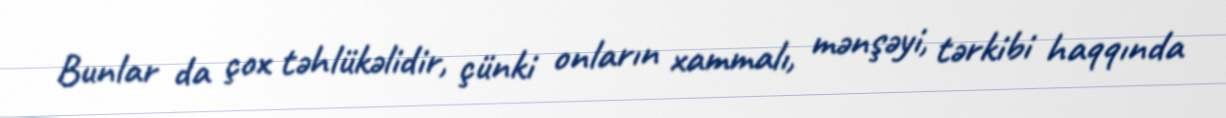
Bunlar da çox təhlükəlidir, çünki onların xammalı, mənşəyi, tərkibi haqqında